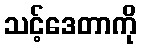
သင့်ဒေတာကို